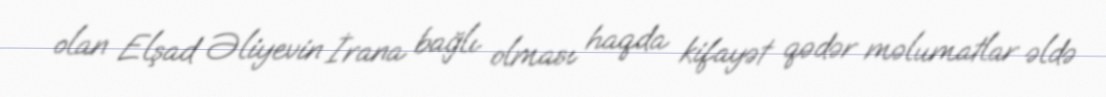
olan Elşad Əliyevin İrana bağlı olması haqda kifayət qədər məlumatlar əldə